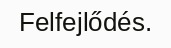
Felfejlődés.